Annual report on the working of the lock hospitals in the Central Provinces
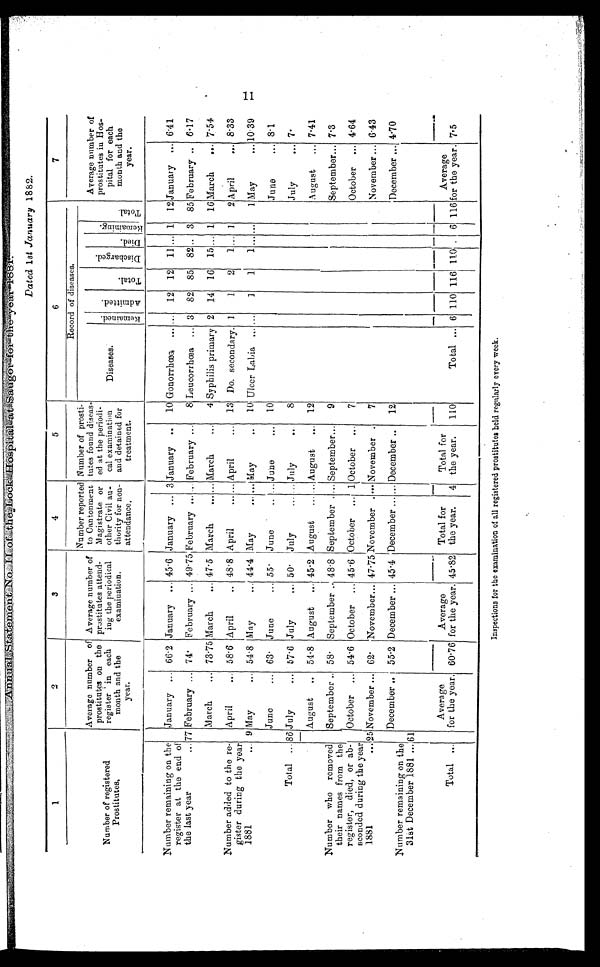
Annual Statement No II. of the Lock Hospital at Saugor for the year 1881.
Dated 1st January 1882.
1
2
3
4
5
6
7
Number of' registered
Prostitutes.
Average number of
prostitutes on the
register in each
month and the
year.
Average number of
prostitutes attend-
ing the periodical
examination.
Number reported
to Cantonment
Magistrate or
other Civil au-
thority for non-
attendance.
Number of prosti-
tutes found diseas-
ed at the periodi-
cal examination
and detained for
treatment.
Record of diseases.
Average number of
prostitutes in Hos-
pital for each
month and the
year.
Diseases.
Re ma i ne d. Admi t t e d.
T o t a l .
D i s c h a r g e d .
Di ed.
Re ma i n i n g .
T o t a l .
Number remaining on the
register at the end of
the last year...
January... 66.2 January... 45.6 January... 3 January..
10 Gonorrhœa...
. . .
12 12 11 ... 1 12 January... 6.41
77 February... 74. February... 49.75 February... ... February...
8 Leucorrhœa... 3 82 85 82 .. 3 85 February...
6.17
March... 73.75 March... 47.5 March... ... March...
4 Syphilis primary 2 14 16 15 ... 1 16 March... 7.54
Number added to the re-
gister during the year
1881... 9
April... 58.6 April... 48.8 April... ... April...
13 Do. secondary. 1
1
2
1 ... 1
2 April...
8.33
May... 54.8 May... 44.4 May... ... May...
10 Ulcer Labia... ...
1
1
1 . . . . . .
1 May... 10.39
Total... 86
June... 63. June... 55. June.. ... June•••
10
June... 8.1
July... 57.6 July... 50. July... ... July...
8
July... 7.
August... 54.8 August... 45.2 August... ... August... 12
August... 7.41
Number who removed
their names from the
register, died, or ab-
sconded during the year
1881... 25
September .. 58. September... 48.8 September... ... September...
9
September... 7.3
October... 54.6 October... 45.6 October... 1 October...
7
October... 4.64
November... 62. November... 47.75 November.... . . . November...
7
November ... 6.43
Number remaining on the
31st December 1881 ... 61
December ... 55.2 December ... 45.4 December ...
. . .
December...
12
December ... 4.70
Total...
Average
for the year. 60.76
Average
for the year. 45.82
Total for
the year.
4
Total for
the year.
110
Total... 6 110 116 110 , 6 116
Average
for the year. 7.5
Inspections for the examination of all registered prostitutes held regularly every week.